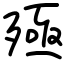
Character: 殛